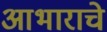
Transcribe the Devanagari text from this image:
आभाराचे